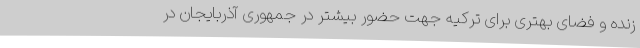
زنده و فضای بهتری برای ترکیه جهت حضور بیشتر در جمهوری آذربایجان در